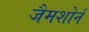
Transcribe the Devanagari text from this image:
जैमशोर्न